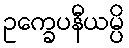
ဥက္ခေပနီယမ္ပိ